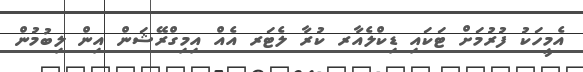
އެމީހަކު ފުރުމަށް ޓަކައި ޑިކްލެއާރ ކުރާ ލެޓަރ އެއް އިމިގްރޭޝަން އިން ލިބުމުން